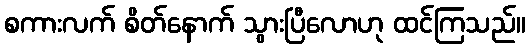
စကားလက် စိတ်နောက် သွားပြီလောဟု ထင်ကြသည်။